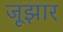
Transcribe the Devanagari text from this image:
जूझार